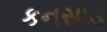
કનસાડ